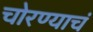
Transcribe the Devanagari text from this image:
चोरण्याचं